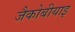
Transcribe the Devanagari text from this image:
जैकोबीयाइ